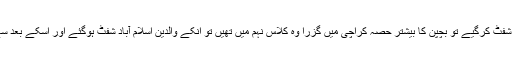
افشین لاہور میں پیدا ہوئیں والد کام کے سلسلے میں کراچی شفٹ کرگیے تو بچپن کا بیشتر حصہ کراچی میں گزرا وہ کلاس نہم میں تھیں تو انکے والدین اسلام آباد شفٹ ہوگئے اور اسکے بعد سے اعلی تعلیم انہوں نے اسلام آباد راولپنڈی سے حاصل کی۔